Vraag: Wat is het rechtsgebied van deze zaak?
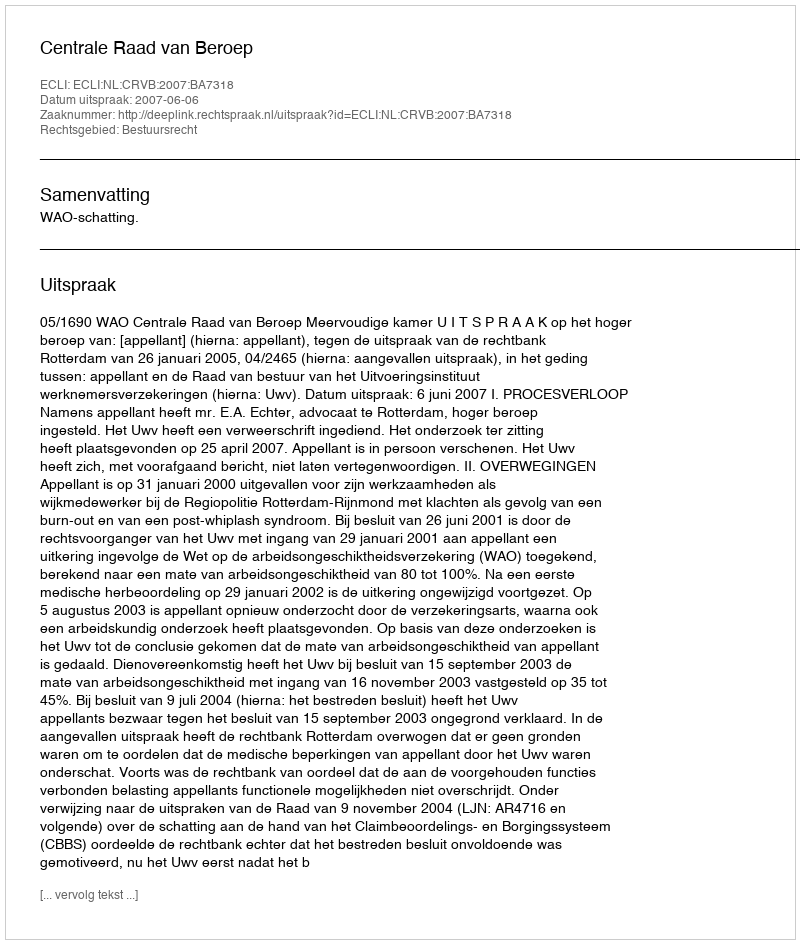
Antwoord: Bestuursrecht